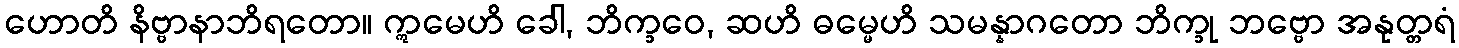
ဟောတိ နိဗ္ဗာနာဘိရတော။ ဣမေဟိ ခေါ, ဘိက္ခဝေ, ဆဟိ ဓမ္မေဟိ သမန္နာဂတော ဘိက္ခု ဘဗ္ဗော အနုတ္တရံ